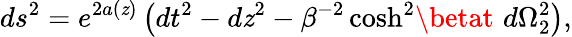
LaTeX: ds^{2}=e^{2a(\mathit{z})}\left(dt^{2}-d\mathit{z}^{2}-\beta^{-2}\cosh^{2}\! \betat\, \, d\Omega_{2}^{2}\right),